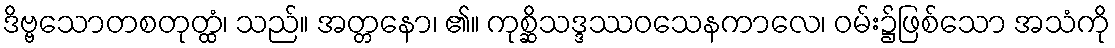
ဒိဗ္ဗသောတစတုတ္ထံ၊ သည်။ အတ္တနော၊ ၏။ ကုစ္ဆိသဒ္ဒဿဝသေနကာလေ၊ ဝမ်း၌ဖြစ်သော အသံကို